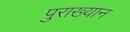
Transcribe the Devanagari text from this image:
पुराख्यान